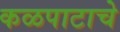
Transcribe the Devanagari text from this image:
कळपाटाचे